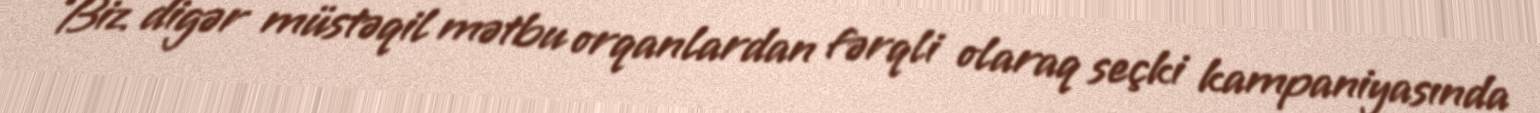
Biz digər müstəqil mətbu orqanlardan fərqli olaraq seçki kampaniyasında